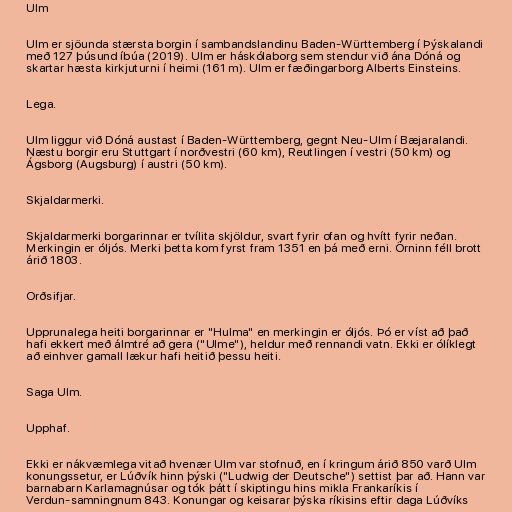
Ulm

Ulm er sjöunda stærsta borgin í sambandslandinu Baden-Württemberg í Þýskalandi
með 127 þúsund íbúa (2019). Ulm er háskólaborg sem stendur við ána Dóná og
skartar hæsta kirkjuturni í heimi (161 m). Ulm er fæðingarborg Alberts Einsteins.

Lega.

Ulm liggur við Dóná austast í Baden-Württemberg, gegnt Neu-Ulm í Bæjaralandi.
Næstu borgir eru Stuttgart í norðvestri (60 km), Reutlingen í vestri (50 km) og
Ágsborg (Augsburg) í austri (50 km).

Skjaldarmerki.

Skjaldarmerki borgarinnar er tvílita skjöldur, svart fyrir ofan og hvítt fyrir neðan.
Merkingin er óljós. Merki þetta kom fyrst fram 1351 en þá með erni. Örninn féll brott
árið 1803.

Orðsifjar.

Upprunalega heiti borgarinnar er "Hulma" en merkingin er óljós. Þó er víst að það
hafi ekkert með álmtré að gera ("Ulme"), heldur með rennandi vatn. Ekki er ólíklegt
að einhver gamall lækur hafi heitið þessu heiti.

Saga Ulm.

Upphaf.

Ekki er nákvæmlega vitað hvenær Ulm var stofnuð, en í kringum árið 850 varð Ulm
konungssetur, er Lúðvík hinn þýski ("Ludwig der Deutsche") settist þar að. Hann var
barnabarn Karlamagnúsar og tók þátt í skiptingu hins mikla Frankaríkis í
Verdun-samningnum 843. Konungar og keisarar þýska ríkisins eftir daga Lúðvíks